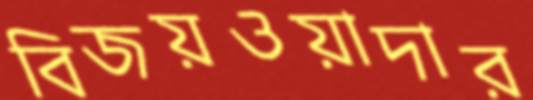
বিজয়ওয়াদার